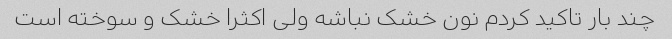
چند بار تاکید کردم نون خشک نباشه ولی اکثرا خشک و سوخته است